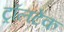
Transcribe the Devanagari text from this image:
ट्रॉलटेक